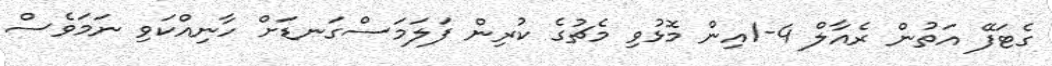
ގެޓަފޭ އަތުން ރެއާލް 4-1އިން މޮޅުވި މެޗުގެ ކުރިން ފަލަމަސްގަނޑަށް ހާނިއްކަވި ނަމަވެސް